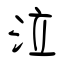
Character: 泣